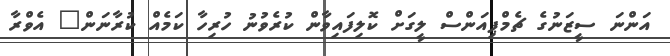
އަންނަ ސީޒަނުގެ ޗެމްޕިއަންސް ލީގަށް ކޮލިފައިވާން ކުރެވުނު ހުރިހާ ކަމެއް ކުރާނަން" އެވްރާ